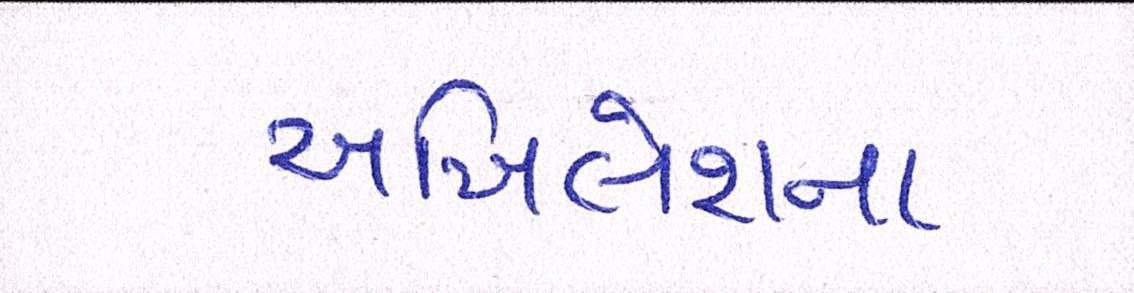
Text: અખિલેશના